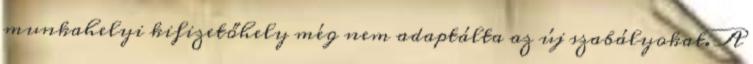
munkahelyi kifizetőhely még nem adaptálta az új szabályokat. A